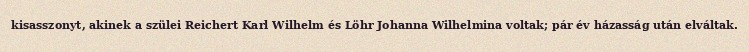
kisasszonyt, akinek a szülei Reichert Karl Wilhelm és Löhr Johanna Wilhelmina voltak; pár év házasság után elváltak.